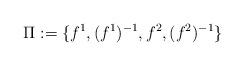
LaTeX: \begin{align*}\Pi:=\{f^1, (f^1)^{-1},f^2,(f^2)^{-1}\}\end{align*}